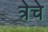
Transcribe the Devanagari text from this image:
त्रेचे